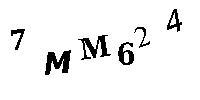
7MM624